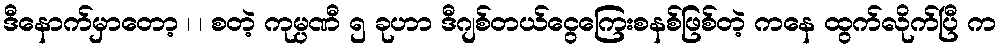
ဒီနောက်မှာတော့ ၊ ၊ စတဲ့ ကုမ္ပဏီ ၅ ခုဟာ ဒီဂျစ်တယ်ငွေကြေးစနစ်ဖြစ်တဲ့ ကနေ ထွက်လိုက်ပြီ က